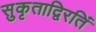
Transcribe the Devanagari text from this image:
सुकृताद्विरतिं